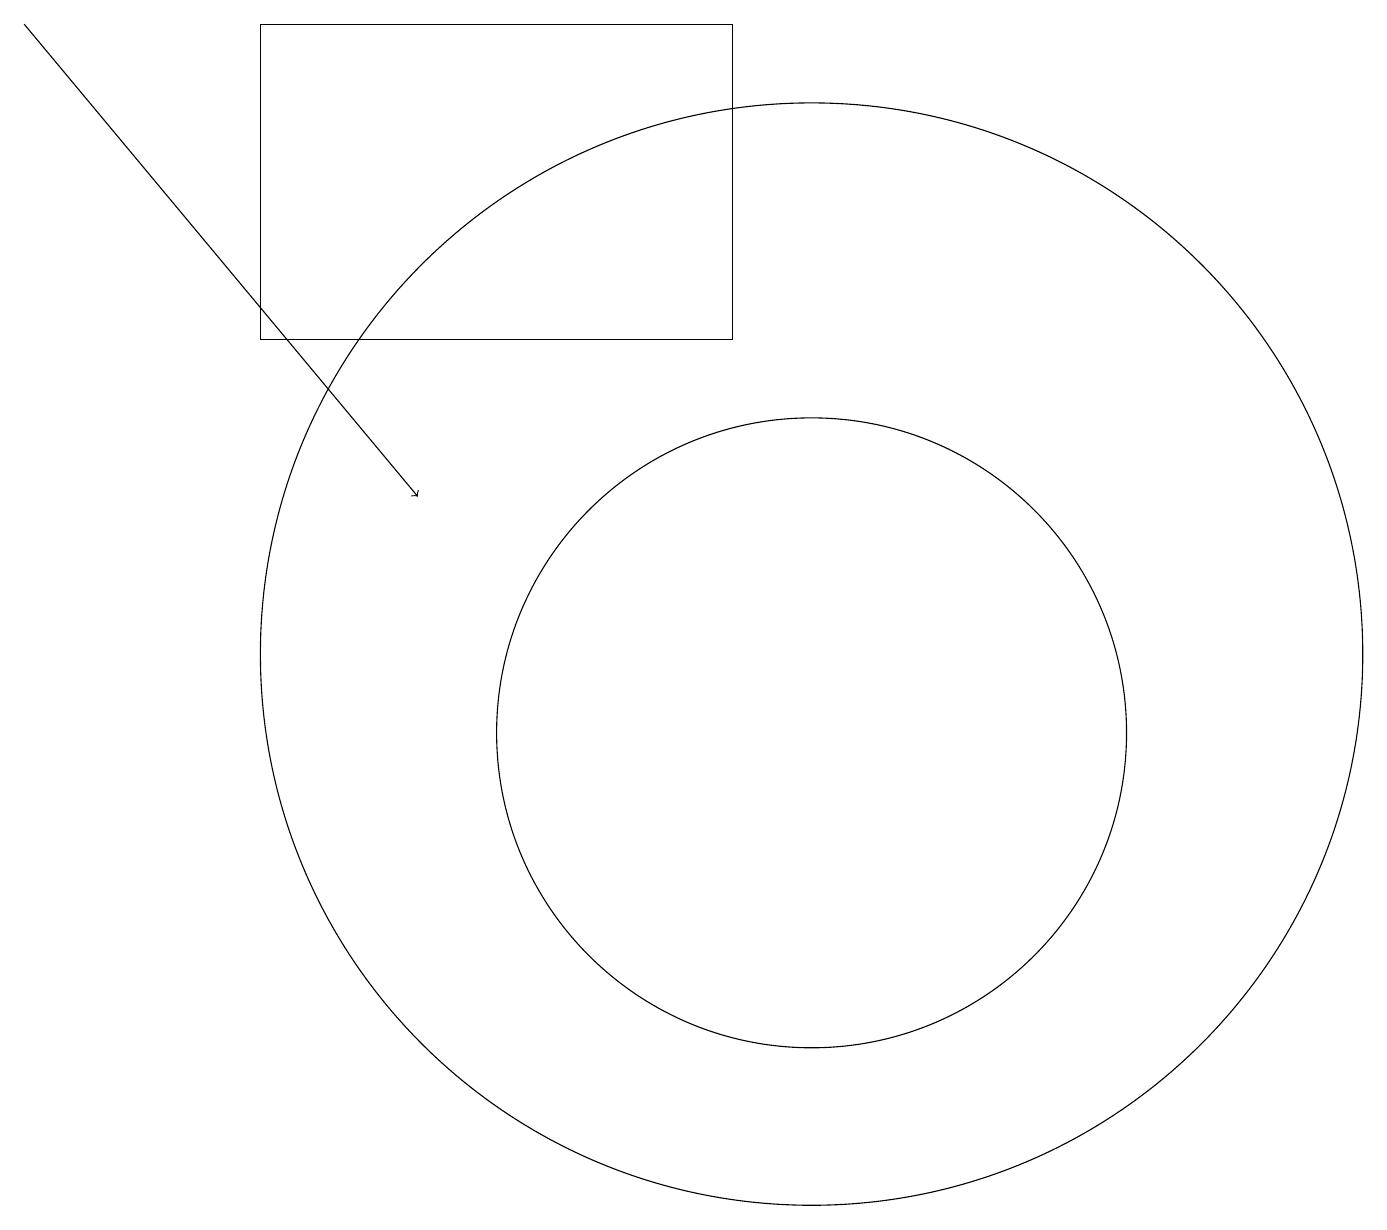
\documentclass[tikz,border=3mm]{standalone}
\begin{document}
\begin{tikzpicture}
\draw[->] (0,19) -- (5,13);
\draw (9,19) rectangle (3,15);
\draw (10,10) circle (4);
\draw (10,11) circle (7);
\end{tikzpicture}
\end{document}